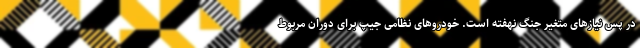
در پس نیازهای متغیر جنگ نهفته است. خودروهای نظامی جیپ برای دوران مربوط